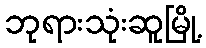
ဘုရားသုံးဆူမြို့